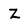
Character: Z